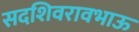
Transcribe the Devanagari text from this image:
सदशिवरावभाऊ